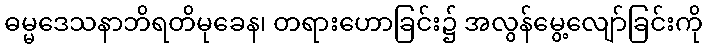
ဓမ္မဒေသနာဘိရတိမုခေန၊ တရားဟောခြင်း၌ အလွန်မွေ့လျော်ခြင်းကို